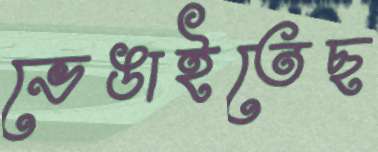
ভেঙাইতেছ